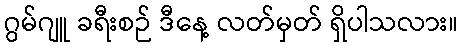
ဂွမ်ဂျူ ခရီးစဉ် ဒီနေ့ လတ်မှတ် ရှိပါသလား။